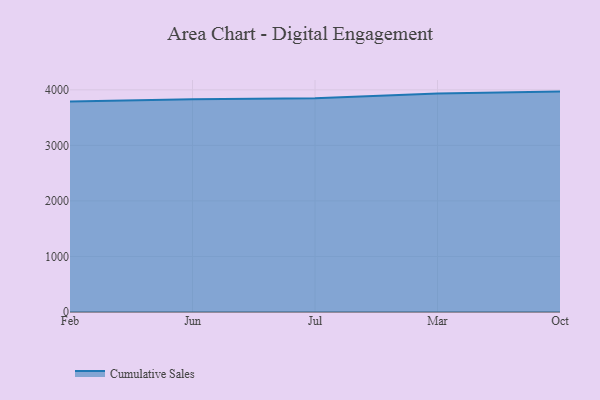
{"axis": {"x": "Month", "y": "Gross Profit (USD K)"}, "legend": ["Cumulative Sales"], "data": [{"x": "Feb", "y": 3791.2, "type": "Cumulative Sales"}, {"x": "Jun", "y": 3829.1, "type": "Cumulative Sales"}, {"x": "Jul", "y": 3846.2, "type": "Cumulative Sales"}, {"x": "Mar", "y": 3932.8, "type": "Cumulative Sales"}, {"x": "Oct", "y": 3968.1, "type": "Cumulative Sales"}]}